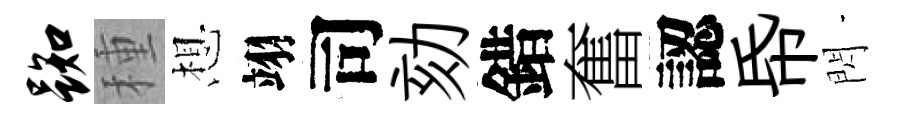
踟種想翊司劾錯奮認帋閃